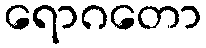
ရောဂတော